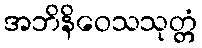
အဘိနိဝေသသုတ္တံ